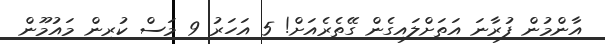
އާންމުން ފުރާނަ އަތަށްލައިގެން ގޭތެރެއަށް! 5 އަހަރު 9 މަސް ކުރިން މައުމޫން